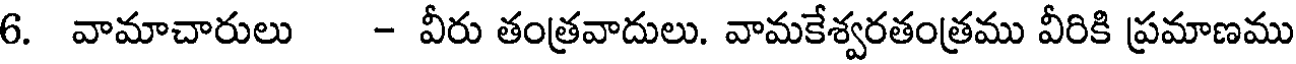
6. వామాచారులు - వీరు తంత్రవాదులు. వామకేశ్వరతంత్రము వీరికి ప్రమాణము